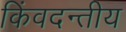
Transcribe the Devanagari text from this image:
किंवदन्तीय